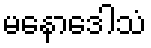
မနောဒေါသံ